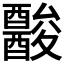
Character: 𨣪